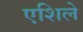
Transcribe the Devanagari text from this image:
एशिले